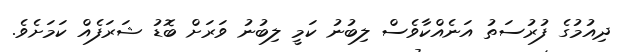
ދިއުމުގެ ފުރުސަތު އަނެއްކާވެސް ލިބުނު ކަމީ ލިބުނު ވަރަށް ބޮޑު ޝަރަފެއް ކަމަށެވެ.